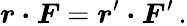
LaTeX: \boldsymbol r\boldsymbol\cdot\boldsymbol F=\boldsymbol r^{\prime}\boldsymbol\cdot\boldsymbol F^{\prime}\, .